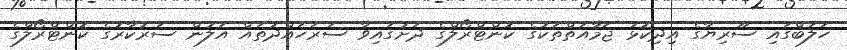
ހަލަބްގައި ސޫރިޔާގެ އިދިކޮޅު ޖަމާއަތްތަކުގެ ކޮންޓްރޯލްގެ ދަށުގައިވާ ސަރަހައްދުތައް އަލުން ސަރުކާރުގެ ކޮންޓްރޯލްގެ